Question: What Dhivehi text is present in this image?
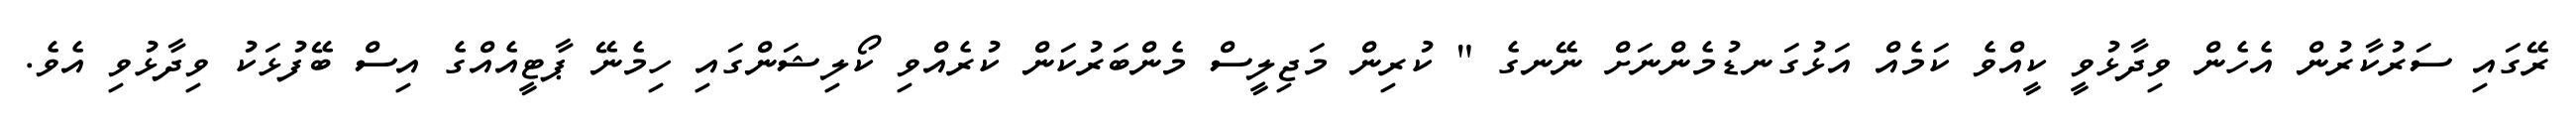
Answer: ރޭގައި ސަރުކާރުން އެހެން ވިދާޅުވީ ކީއްވެ ކަމެއް އަޅުގަނޑުމެންނަށް ނޭނގެ " ކުރިން މަޖިލީސް މެންބަރުކަން ކުރެއްވި ކޯލިޝަންގައި ހިމެނޭ ޕާޓީއެއްގެ އިސް ބޭފުޅަކު ވިދާޅުވި އެވެ.